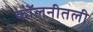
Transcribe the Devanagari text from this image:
कॉलनीतली